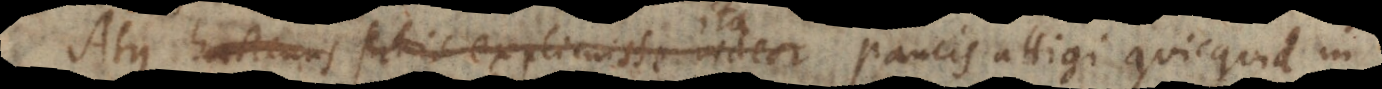
Atque hactenus satis explicuisse videor paucis attigi quicquid in